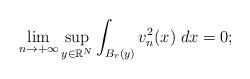
LaTeX: \begin{align*} \displaystyle\lim_{n \to +\infty}\sup_{y \in \mathbb{R}^N}\int_{B_r(y)}v_n^2(x)\;dx = 0; \end{align*}